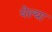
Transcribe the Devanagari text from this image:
येल्या